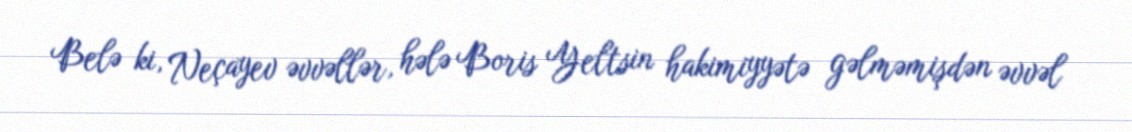
Belə ki, Neçayev əvvəllər, hələ Boris Yeltsin hakimiyyətə gəlməmişdən əvvəl